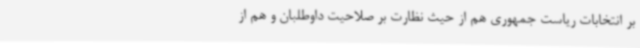
بر انتخابات ریاست جمهوری هم از حیث نظارت بر صلاحیت داوطلبان و هم از